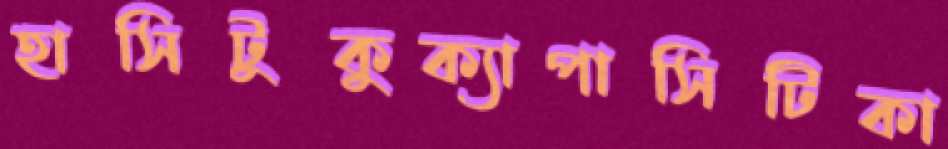
হাসিটুকুক্যাপাসিটিকা